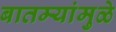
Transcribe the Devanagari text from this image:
बातम्यांमुळे